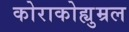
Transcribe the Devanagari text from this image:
कोराकोह्युम्रल